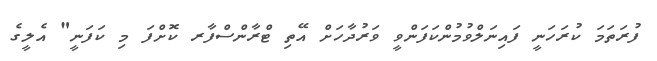
ފުރަތަމަ ކުރަހަނީ ފައިނަލްވުމުންކަފަންވީ ވަރުދާހަށް އޭތި ޓްރާންސްފާރ ކޮށްފަ މި ކަފަނީ" އެލީގެ